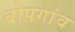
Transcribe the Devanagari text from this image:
बोपगांव